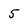
Character: 5